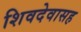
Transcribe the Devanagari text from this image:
शिवदेवासह